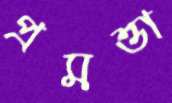
প্রমত্তা